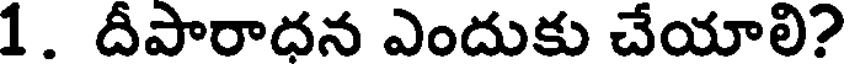
1. దీపారాధన ఎందుకు చేయాలి?